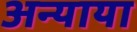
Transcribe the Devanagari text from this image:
अन्याया